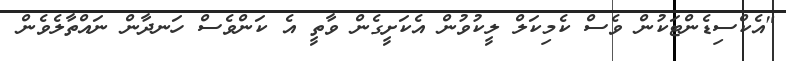
"އެކްސިޑެންޓަކުން ވެސް ކެމިކަލް ލީކުވުން އެކަށީގެން ވާތީ އެ ކަންވެސް ހަނދާން ނައްތާލެވެން